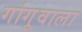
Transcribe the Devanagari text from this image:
गांगूवाला